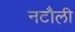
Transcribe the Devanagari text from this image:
नटौली